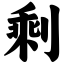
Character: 剩